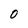
Character: 0